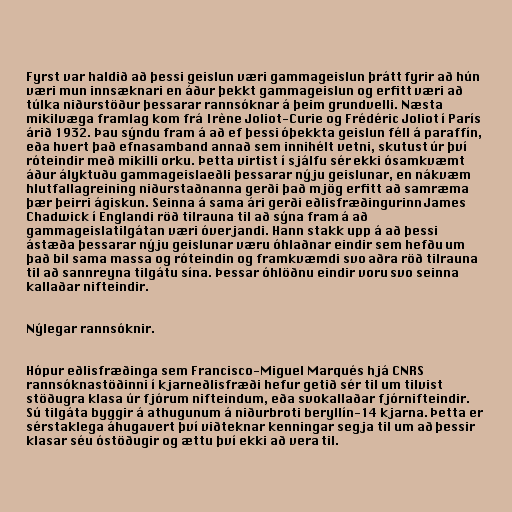
Fyrst var haldið að þessi geislun væri gammageislun þrátt fyrir að hún
væri mun innsæknari en áður þekkt gammageislun og erfitt væri að
túlka niðurstöður þessarar rannsóknar á þeim grundvelli. Næsta
mikilvæga framlag kom frá Irène Joliot-Curie og Frédéric Joliot í París
árið 1932. Þau sýndu fram á að ef þessi óþekkta geislun féll á paraffín,
eða hvert það efnasamband annað sem innihélt vetni, skutust úr því
róteindir með mikilli orku. Þetta virtist í sjálfu sér ekki ósamkvæmt
áður ályktuðu gammageislaeðli þessarar nýju geislunar, en nákvæm
hlutfallagreining niðurstaðnanna gerði það mjög erfitt að samræma
þær þeirri ágiskun. Seinna á sama ári gerði eðlisfræðingurinn James
Chadwick í Englandi röð tilrauna til að sýna fram á að
gammageislatilgátan væri óverjandi. Hann stakk upp á að þessi
ástæða þessarar nýju geislunar væru óhlaðnar eindir sem hefðu um
það bil sama massa og róteindin og framkvæmdi svo aðra röð tilrauna
til að sannreyna tilgátu sína. Þessar óhlöðnu eindir voru svo seinna
kallaðar nifteindir.

Nýlegar rannsóknir.

Hópur eðlisfræðinga sem Francisco-Miguel Marqués hjá CNRS
rannsóknastöðinni í kjarneðlisfræði hefur getið sér til um tilvist
stöðugra klasa úr fjórum nifteindum, eða svokallaðar fjórnifteindir.
Sú tilgáta byggir á athugunum á niðurbroti beryllín-14 kjarna. Þetta er
sérstaklega áhugavert því viðteknar kenningar segja til um að þessir
klasar séu óstöðugir og ættu því ekki að vera til.